Annual report of the Punjab Veterinary College and of the Civil Veterinary Department, Punjab - 1920-1925
Year: 1920
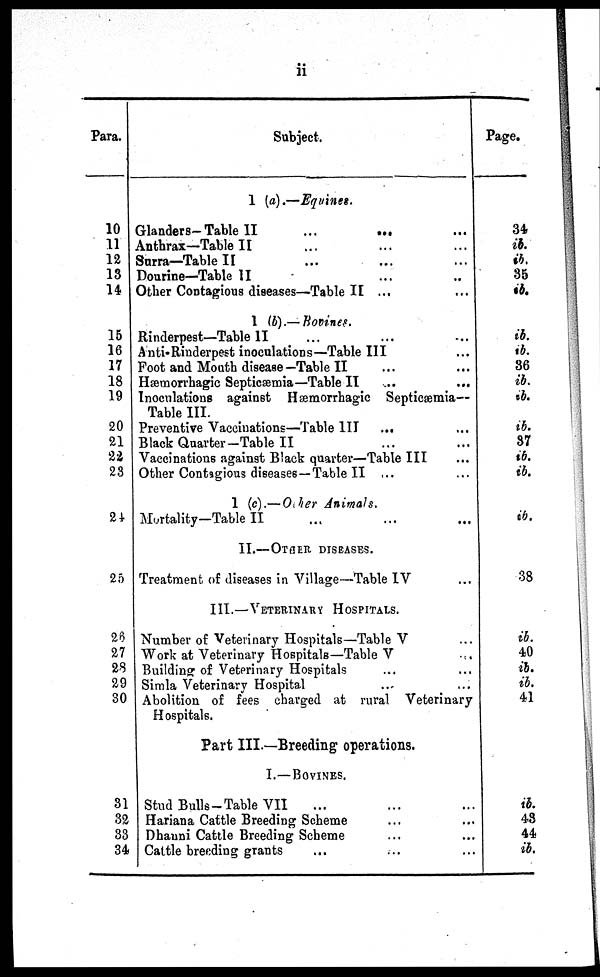
ii
Para.
10
11
12
13
14
15
16
17
18
19
20
21
22
23
24
25
26
27
23
29
30
31
32
33
34
Subject.
1 (a).—Equines.
Glanders—Table
II
...
... ...
Anthrax—Table II ... ... ... ...
Surra—Table II ... ... ... ...
Dourine—Table II ... ... ... ...
Other Contagious diseases—Table II ... ... ...
1 (b).—Bovines.
Rinderpest—Table II ... ... ... ...
Anti-Rinderpest inoculations—Table III
Foot and Mouth disease—Table II ... ... ... ...
Hæmorrhagic Septicæmia—Table II ... ... ...
Inoculations against Hæmorrhagic Septicæmia—
Table III.
Preventive Vaccinations—Table III ... ... ... ...
Black Quarter—Table II ... ... ...
Vaccinations against Black quarter—Table III ... ... ...
Other Contagious diseases—Table II ...
1 (c).—Other Animals.
Mortality—Table II ... ... ...
II.—OTHER DISEASES.
Treatment of diseases in Village—Table IV ... ... ... ...
III.—VETERINARY HOSPITALS.
Number of Veterinary Hospitals—Table V
Work at Veterinary Hospitals—Table V ... ... ... ...
Building of Veterinary Hospitals
Simla Veterinary Hospital
Abolition of fees charged at rural Veterinary
Hospitals.
Part III.—Breeding operations.
I.—BOVINES.
Stud Bulls—Table VII
... ... ...
Hariana Cattle Breeding Scheme ... ... ... ...
Dhanni Cattle Breeding Scheme
Cattle breeding grants
Page.
34
ib.
ib.
35
ib.
ib.
ib.
36
ib.
ib.
ib.
37
ib.
ib.
ib.
38
ib.
40
ib.
ib.
41
ib.
48
44
ib.